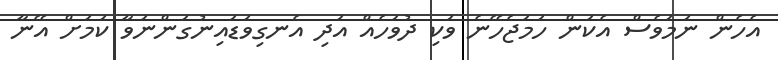
އެހެން ނަމަވެސް އެކަން ހަމަޖެހޭނެ ވަކި ދުވަހެއް އަދި އެނގިވަޑައިނުގަންނަވާ ކަމަށް އޭނާ